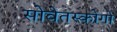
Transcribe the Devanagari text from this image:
सोवेतस्कोगो